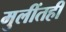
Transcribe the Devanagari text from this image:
मुलींतही